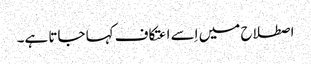
اصطلاح میں اِسے اعتکاف کہا جاتا ہے۔